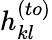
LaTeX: h_{kl}^{(to)}